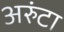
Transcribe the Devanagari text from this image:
अरुंटा